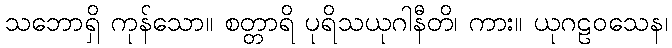
သဘောရှိ ကုန်သော။ စတ္တာရိ ပုရိသယုဂါနီတိ၊ ကား။ ယုဂဠဝသေန၊